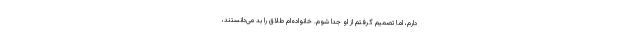
دارم، اما تصمیم گرفتم از او جدا شوم. خانواده‌ام طلاق را بد می‌دانستند،